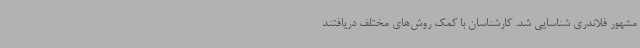
مشهور فلاندری شناسایی شد. کارشناسان با کمک روش‌های مختلف دریافتند